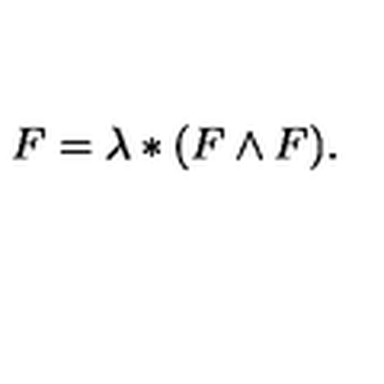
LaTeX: F = \lambda * ( F \wedge F ) .